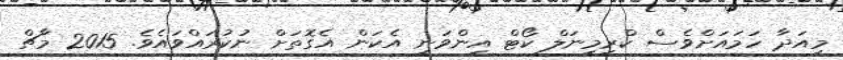
މިއަދާ ހަމައަށްވެސް ކްރިމިނަލް ކޯޓް އިންވަނީ އެކަން އެގޮތަށް ނުކުރައްވައެވެ. 2015 މާޗް